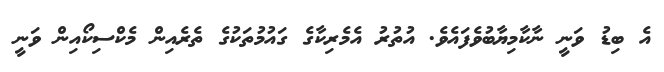
އެ ބިޑު ވަނީ ނާކާމިޔާބުވެފައެވެ. އުތުރު އެމެރިކާގެ ގައުމުތަކުގެ ތެރެއިން މެކްސިކޯއިން ވަނީ